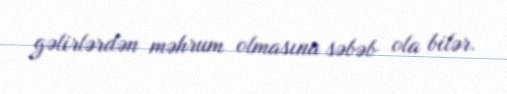
gəlirlərdən məhrum olmasına səbəb ola bilər.